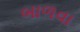
બાળવા